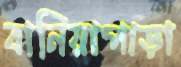
বানিয়াপাড়া